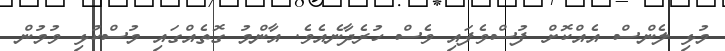
މުޅި ލެންސް އެއްކޮށް ފުސްވެފައި ވެސް ހުރެދާނެއެވެ. އާންމު ގޮތެއްގައި މުސްކުޅި ވުމުން